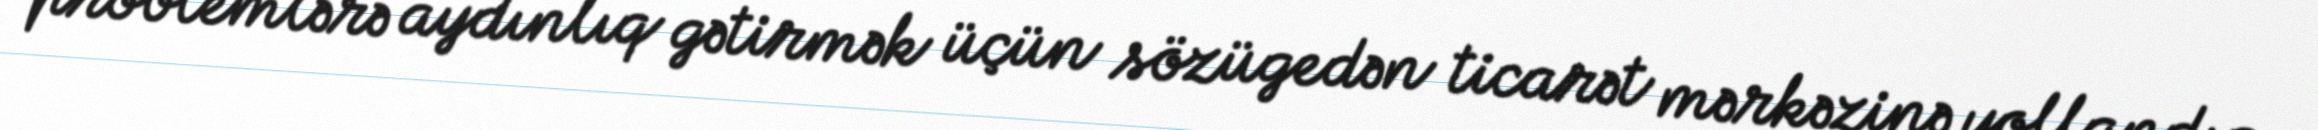
problemlərə aydınlıq gətirmək üçün sözügedən ticarət mərkəzinə yollandıq.